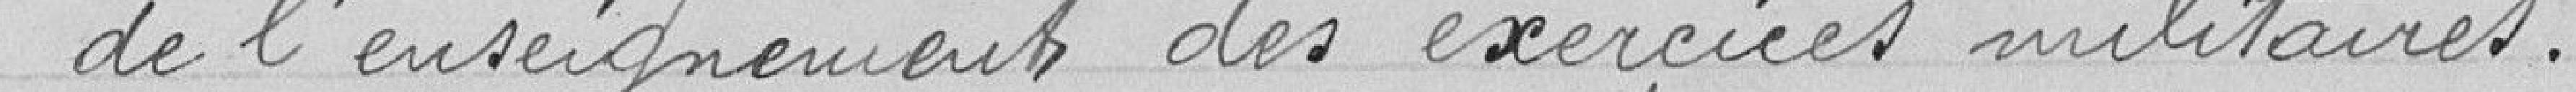
de l'enseignement des exercices militaires.